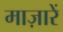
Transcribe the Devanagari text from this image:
माज़ारें